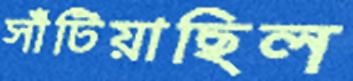
সাঁটিয়াছিল